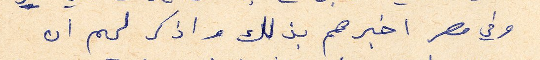
وفي مصر اخبرهم بذلك واذكر لهم ان